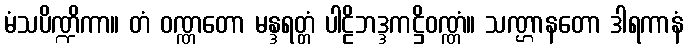
မံသပိဏ္ဍိကာ။ တံ ဝဏ္ဏတော မန္ဒရတ္တံ ပါဠိဘဒ္ဒကဋ္ဌိဝဏ္ဏံ။ သဏ္ဌာနတော ဒါရကာနံ